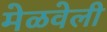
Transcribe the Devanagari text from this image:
मेळवेली